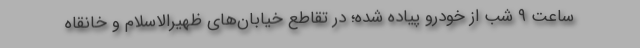
ساعت ۹ شب از خودرو پیاده شده؛ در تقاطع خیابان‌های ظهیرالاسلام و خانقاه